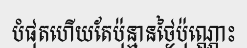
បំផុតហើយតែប៉ុន្មានថ្ងៃប៉ុណ្ណោះ